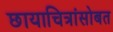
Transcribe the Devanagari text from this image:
छायाचित्रांसोबत